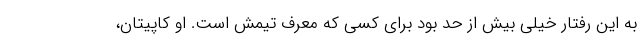
به این رفتار خیلی بیش از حد بود برای کسی که معرف تیمش است. او کاپیتان،